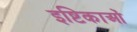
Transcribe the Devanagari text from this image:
इष्टिकाओं